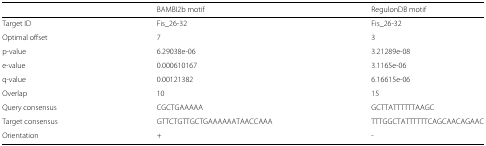
|  | BAMBI2b motif | RegulonDB motif |
 | --- | --- | --- |
 | Target ID | Fis_26-32 | Fis_26-32 |
 | Optimal offset | 7 | 3 |
 | p-value | 6.29038e-06 | 3.21289e-08 |
 | e-value | 0.000610167 | 3.1165e-06 |
 | q-value | 0.00121382 | 6.16615e-06 |
 | Overlap | 10 | 15 |
 | Query consensus | CGCTGAAAAA | GCTTATTTTTTAAGC |
 | Target consensus | GTTCTGTTGCTGAAAAAATAACCAAA | TTTGGCTATTTTTTCAGCAACAGAAC |
 | Orientation | + | - |